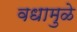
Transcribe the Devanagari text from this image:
वधामुळे